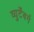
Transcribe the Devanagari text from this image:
व्युर्टेंबर्ग